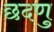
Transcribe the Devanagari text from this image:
छदणु